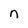
Character: n